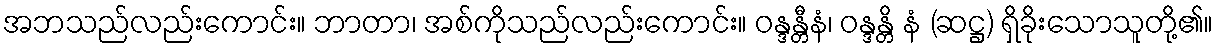
အဘသည်လည်းကောင်း။ ဘာတာ၊ အစ်ကိုသည်လည်းကောင်း။ ဝန္ဒန္တီနံ၊ ဝန္ဒန္တိ နံ (ဆဋ္ဌ) ရှိခိုးသောသူတို့၏။